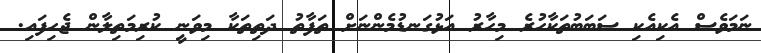
ނަމަވެސް އެކިއެކި ސަބަބުތަކާހުރެ މިހާރު އަޅުގަނޑުމެންނަށް ތަފާތު ދަތިތަކާ މިވަނީ ކުރިމަތިލާން ޖެހިފައި.